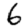
Digit: 6